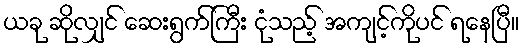
ယခု ဆိုလျှင် ဆေးရွက်ကြီး ငုံသည့် အကျင့်ကိုပင် ရနေပြီ။